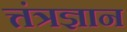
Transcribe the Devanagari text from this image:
त्तंत्रज्ञान